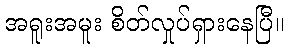
အရူးအမူး စိတ်လှုပ်ရှားနေပြီ။